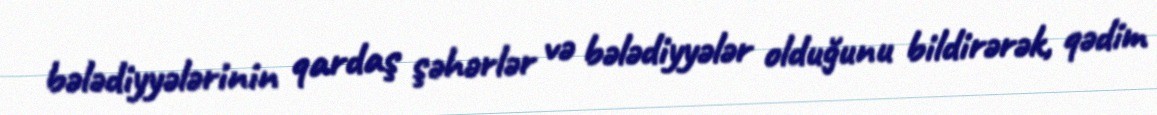
bələdiyyələrinin qardaş şəhərlər və bələdiyyələr olduğunu bildirərək, qədim